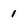
Character: 1